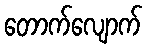
တောက်လျောက်